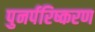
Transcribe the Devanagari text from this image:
पुनर्परिष्करण